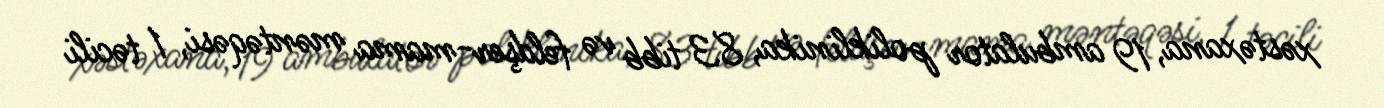
xəstəxana, 19 ambulator poliklinika, 83 tibb və feldşer-mama məntəqəsi, 1 təcili